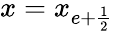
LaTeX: x=x_{e+\frac{1}{2}}